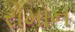
રોમોન